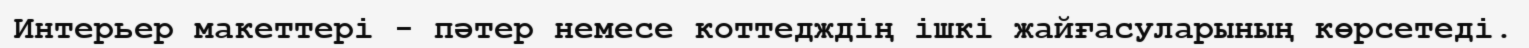
Интерьер макеттерi - пәтер немесе коттедждiң iшкi жайғасуларының көрсетедi.